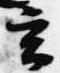
玄